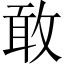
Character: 敢